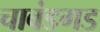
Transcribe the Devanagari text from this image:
चावंडगड